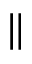
\|